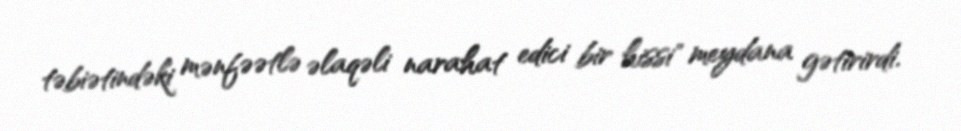
təbiətindəki mənfəətlə əlaqəli narahat edici bir hissi" meydana gətirirdi.